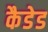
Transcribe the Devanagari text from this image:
कैडेड